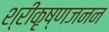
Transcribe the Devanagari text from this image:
श्रीकृष्णजनन